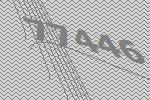
77446